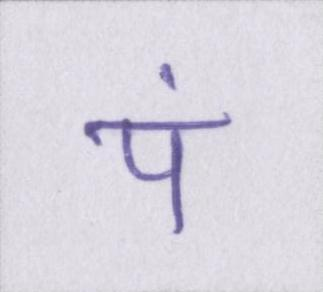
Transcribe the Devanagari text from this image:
पं